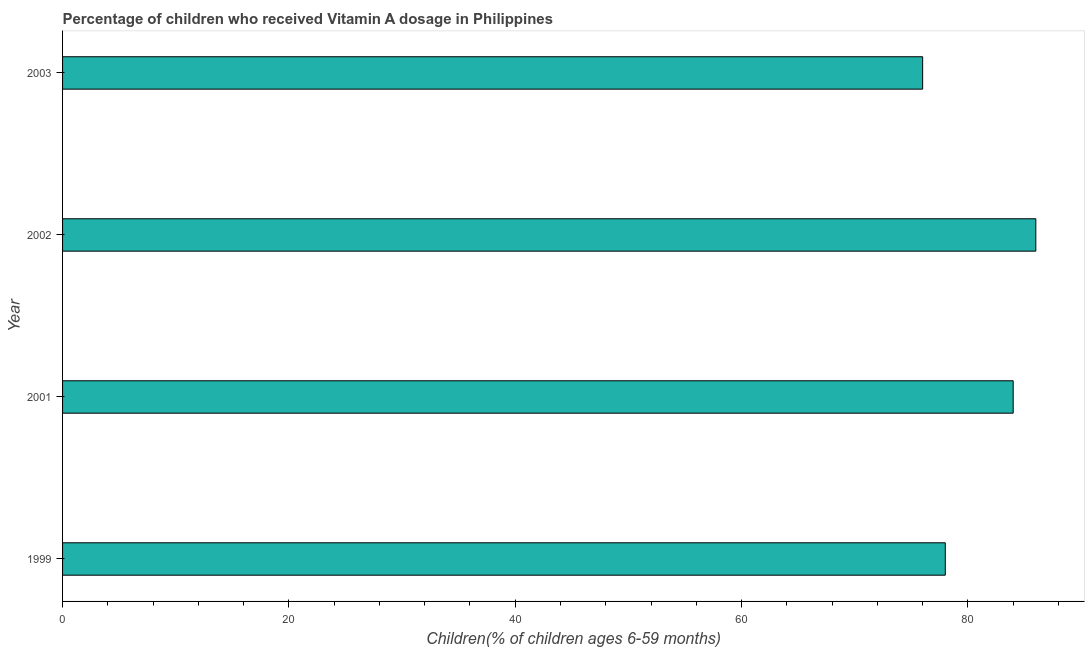
| Year | Vitamin A supplementation coverage rate  |
 | --- | --- |
 | 1999 | 78 |
 | 2001 | 84 |
 | 2002 | 86 |
 | 2003 | 76 |